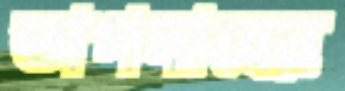
তাপদাহের